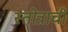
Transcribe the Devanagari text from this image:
स्तोत्राची